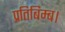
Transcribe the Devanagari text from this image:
प्रतिबिम्ब।